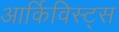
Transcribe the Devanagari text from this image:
आर्किविस्ट्स